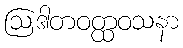
ဩဒါတဝတ္ထဝသနာ